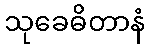
သုခေဓိတာနံ